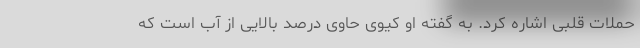
حملات قلبی اشاره کرد. به گفته او کیوی حاوی درصد بالایی از آب است که